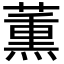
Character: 薫